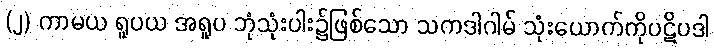
(၂) ကာမယ ရူပယ အရူပ ဘုံသုံးပါး၌ဖြစ်သော သကဒါဂါမ် သုံးယောက်ကိုပဋိပဒါ